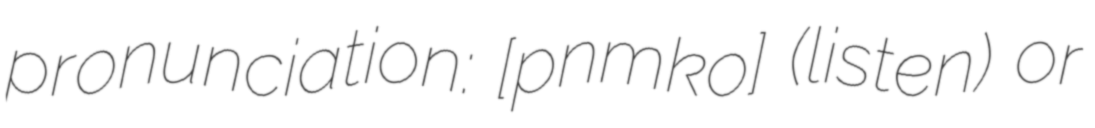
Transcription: pronunciation: [pɨnɐmɐˈkoɾ] (listen) or